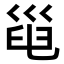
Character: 𢀀